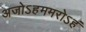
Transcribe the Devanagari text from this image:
अजोऽहममरोऽहं